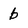
Character: b